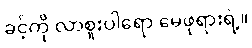
ခင့်ကို လာစူးပါရော မေဖုရားရဲ့။